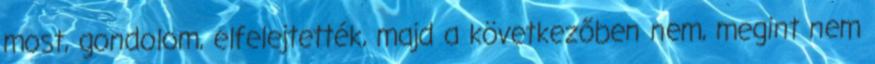
most, gondolom, elfelejtették, majd a következőben nem, megint nem